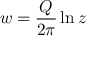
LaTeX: w = { \frac { Q } { 2 \pi } } \ln z